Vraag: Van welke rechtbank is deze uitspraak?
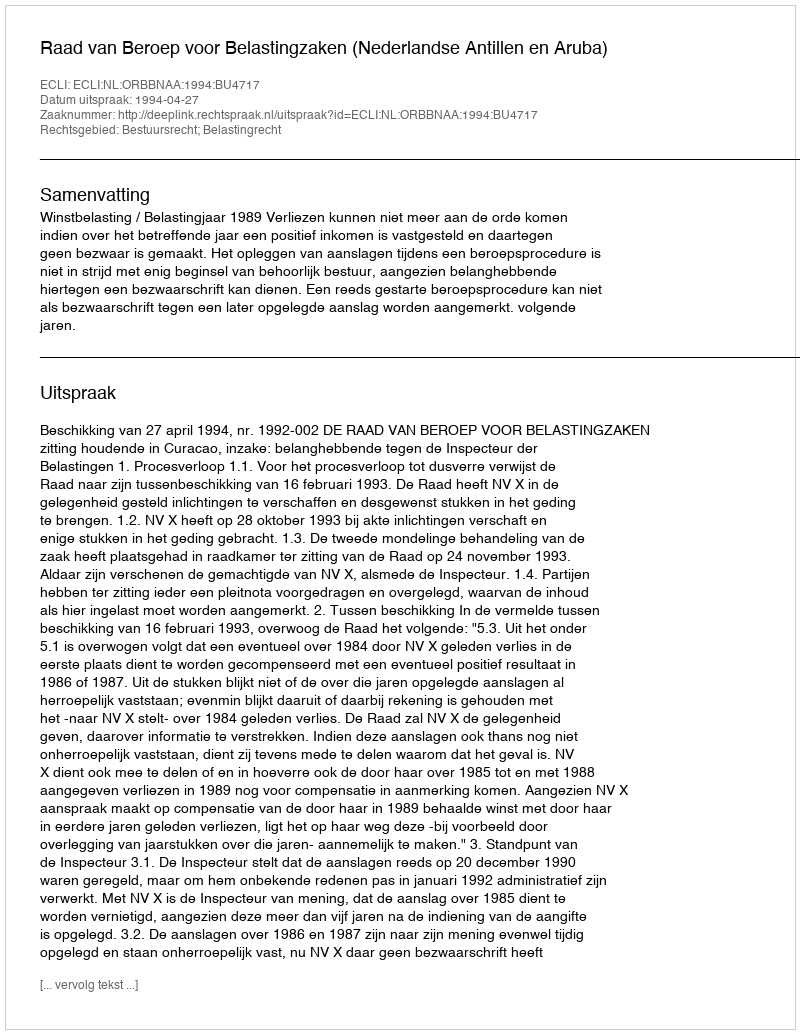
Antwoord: Raad van Beroep voor Belastingzaken (Nederlandse Antillen en Aruba)